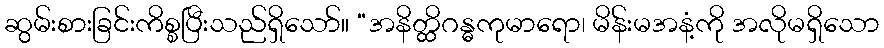
ဆွမ်းစားခြင်းကိစ္စပြီးသည်ရှိသော်။ “အနိတ္ထိဂန္ဓကုမာရော၊ မိန်းမအနံ့ကို အလိုမရှိသော